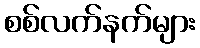
စစ်လက်နက်များ